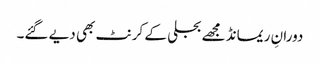
دورانِ ریمانڈ مجھے بجلی کے کرنٹ بھی دیے گئے۔